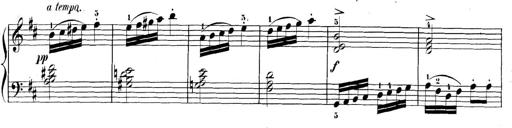
Title: 3 Sonatinen, Op.8
Composer: Isidor Wilhelm Seiss